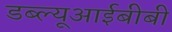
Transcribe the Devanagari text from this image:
डब्ल्यूआईबीबी